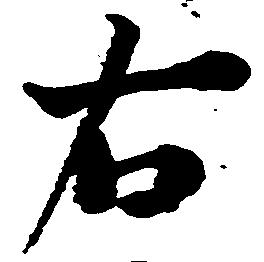
右